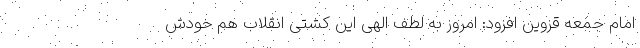
امام‌ جمعه قزوین افزود: امروز به لطف الهی این کشتی انقلاب هم خودش